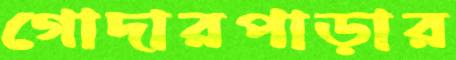
গোদারপাড়ার